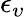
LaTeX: \epsilon_{\upsilon}